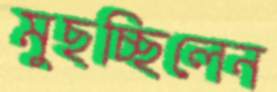
মুছচ্ছিলেন